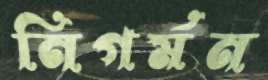
নিগর্মন